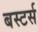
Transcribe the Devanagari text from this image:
बस्टर्स